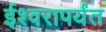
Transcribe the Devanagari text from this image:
ईश्वरापर्यंत